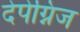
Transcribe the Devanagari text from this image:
देपेग्निज